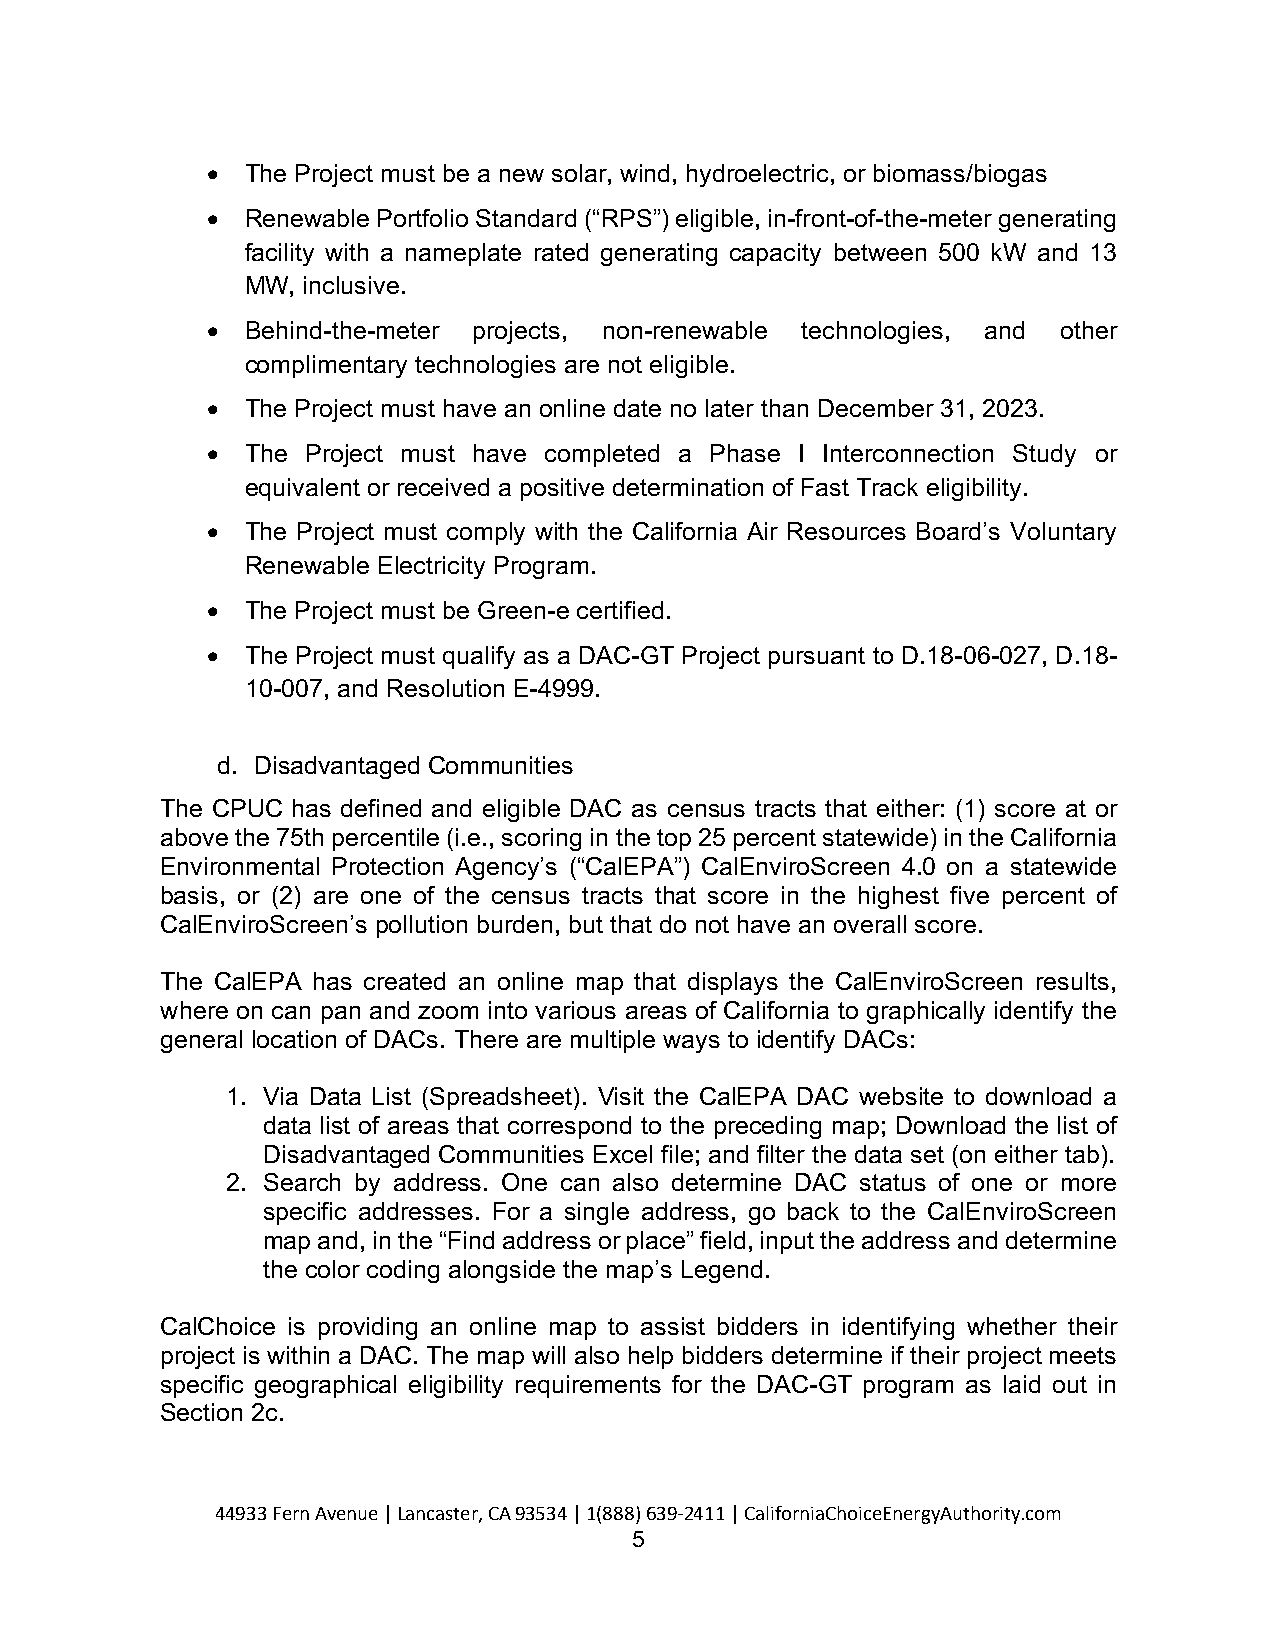
• The Project must be a new solar, wind, hydroelectric, or biomass/biogas
 • Renewable Portfolio Standard (“RPS”) eligible, in-front-of-the-meter generating
 facility with a nameplate rated generating capacity between 500 kW and 13
 MW, inclusive.
 • Behind-the-meter projects, non-renewable technologies, and other
 complimentary technologies are not eligible.
 • The Project must have an online date no later than December 31, 2023.
 • The Project must have completed a Phase I Interconnection Study or
 equivalent or received a positive determination of Fast Track eligibility.
 • The Project must comply with the California Air Resources Board’s Voluntary
 Renewable Electricity Program.
 • The Project must be Green-e certified.
 • The Project must qualify as a DAC-GT Project pursuant to D.18-06-027, D.18-
 10-007, and Resolution E-4999.
 d. Disadvantaged Communities
 The CPUC has defined and eligible DAC as census tracts that either: (1) score at or
 above the 75th percentile (i.e., scoring in the top 25 percent statewide) in the California
 Environmental Protection Agency’s (“CalEPA”) CalEnviroScreen 4.0 on a statewide
 basis, or (2) are one of the census tracts that score in the highest five percent of
 CalEnviroScreen’s pollution burden, but that do not have an overall score.
 The CalEPA has created an online map that displays the CalEnviroScreen results,
 where on can pan and zoom into various areas of California to graphically identify the
 general location of DACs. There are multiple ways to identify DACs:
 1. Via Data List (Spreadsheet). Visit the CalEPA DAC website to download a
 data list of areas that correspond to the preceding map; Download the list of
 Disadvantaged Communities Excel file; and filter the data set (on either tab).
 2. Search by address. One can also determine DAC status of one or more
 specific addresses. For a single address, go back to the CalEnviroScreen
 map and, in the “Find address or place” field, input the address and determine
 the color coding alongside the map’s Legend.
 CalChoice is providing an online map to assist bidders in identifying whether their
 project is within a DAC. The map will also help bidders determine if their project meets
 specific geographical eligibility requirements for the DAC-GT program as laid out in
 Section 2c.
 44933 Fern Avenue | Lancaster, CA 93534 | 1(888) 639-2411 | CaliforniaChoiceEnergyAuthority.com
 5